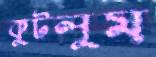
কুটলুম